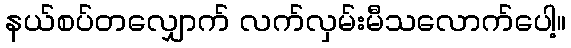
နယ်စပ်တလျှောက် လက်လှမ်းမီသလောက်ပေါ့။